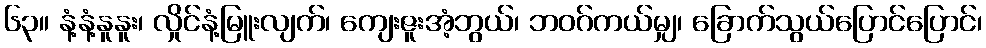
၆၃။ နံ့နံ့နူနူး၊ လှိုင်နံ့မြူးလျက်၊ ကျေးဇူးအံ့ဘွယ်၊ ဘဝဂ်ကယ်မျှ၊ ခြောက်သွယ်ပြောင်ပြောင်၊